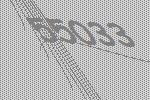
55033